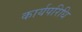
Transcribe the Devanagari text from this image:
कार्यपरिधि